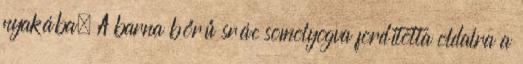
nyakába. A barna bőrű srác somolyogva fordította oldalra a